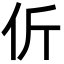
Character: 伒